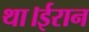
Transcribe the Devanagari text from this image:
था।ईरान